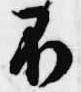
不